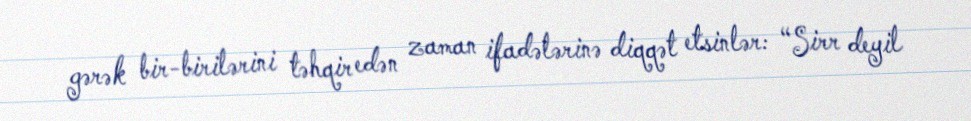
gərək bir-birilərini təhqir edən zaman ifadələrinə diqqət etsinlər: “Sirr deyil